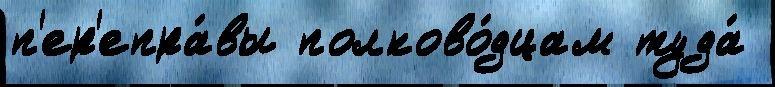
п'ер'епра́вы полково́дцам туда́